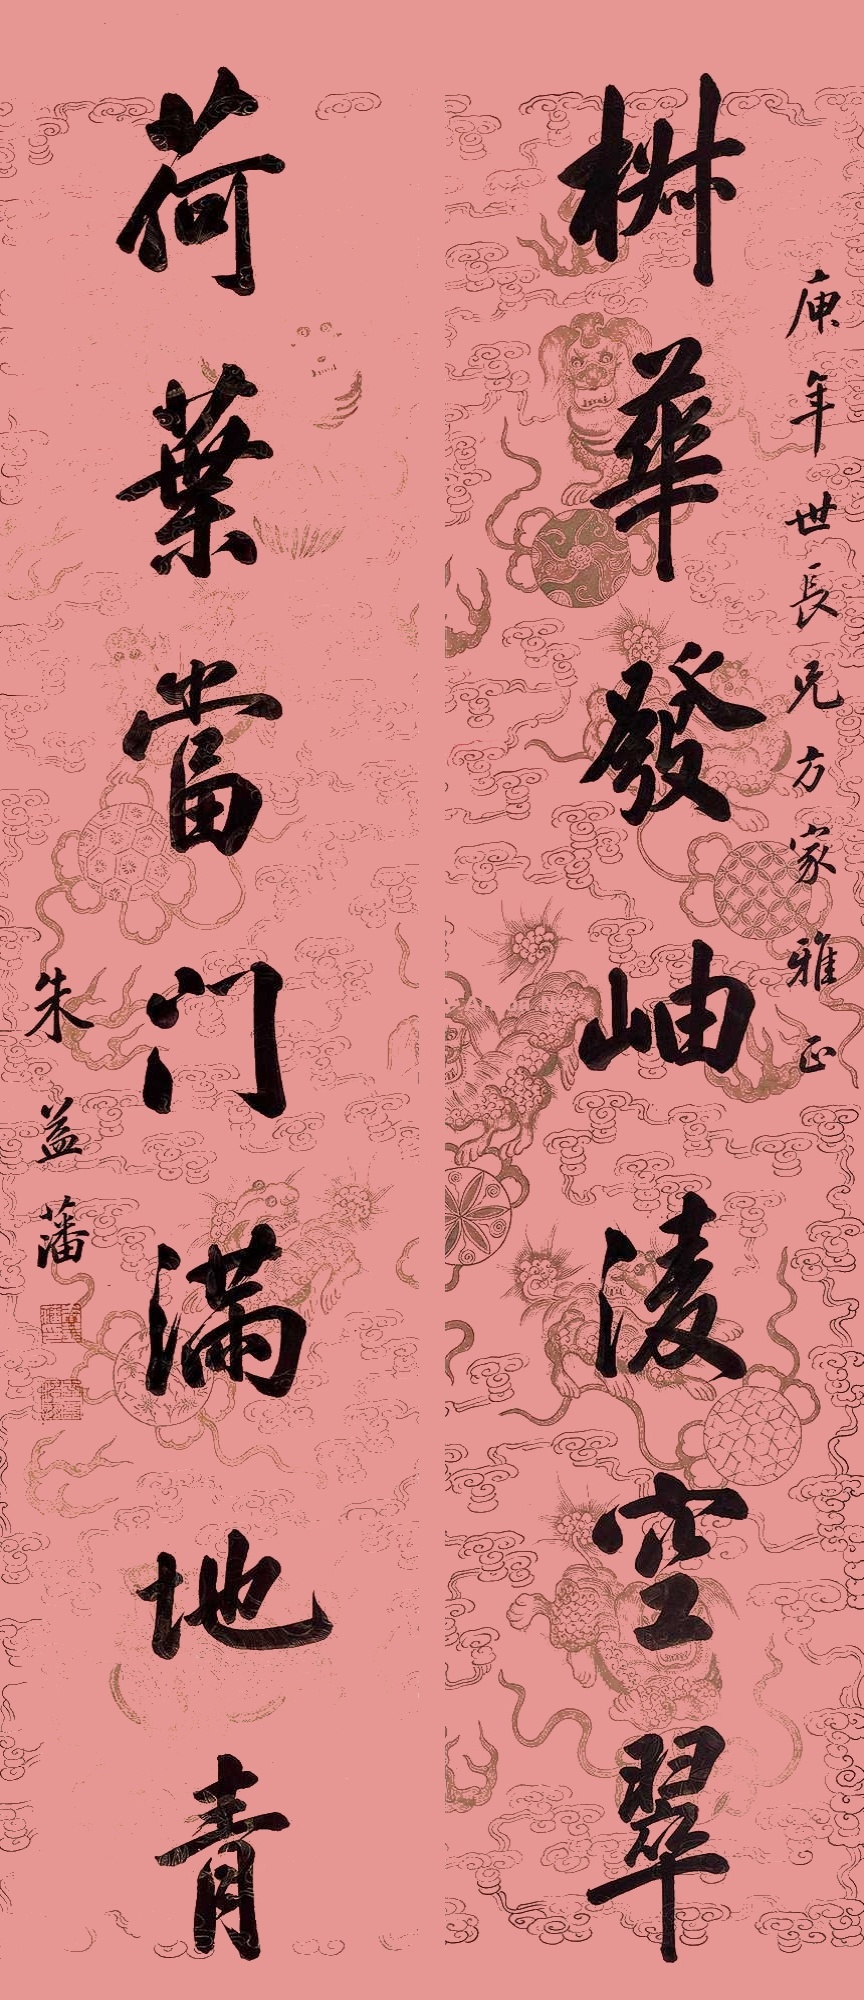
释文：荷叶当门满地青，椒华发岫凌空翠庾年世长兄方家雅正，朱益藩。